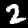
Label: 2